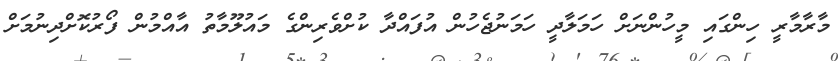
މާރާމާރީ ހިންގައި މީހުންނަށް ހަމަލާދީ ހަމަނުޖެހުން އުފައްދާ ކުށްވެރިންގެ މައުލޫމާތު އާއްމުން ފޯރުކޮށްދިނުމަށް